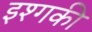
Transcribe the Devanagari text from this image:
इश्गकी